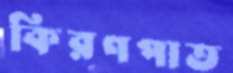
কিরণপাত